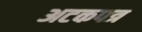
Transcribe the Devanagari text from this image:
अटकपत्र